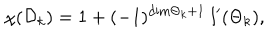
\chi ( { \cal D } _ { k } ) = 1 + ( - 1 ) ^ { \mathrm { d i m } { { \Theta } _ { k } } + 1 } \ l ^ { \prime } ( { { \Theta } _ { k } } ) ,